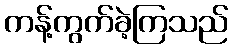
ကန့်ကွက်ခဲ့ကြသည်